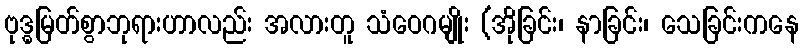
ဗုဒ္ဓမြတ်စွာဘုရားဟာလည်း အလားတူ သံဝေဂမျိုး (အိုခြင်း၊ နာခြင်း၊ သေခြင်းကနေ